Annual report of the Punjab Veterinary College and of the Civil Veterinary Department, Punjab - 1920-1925
Year: 1920
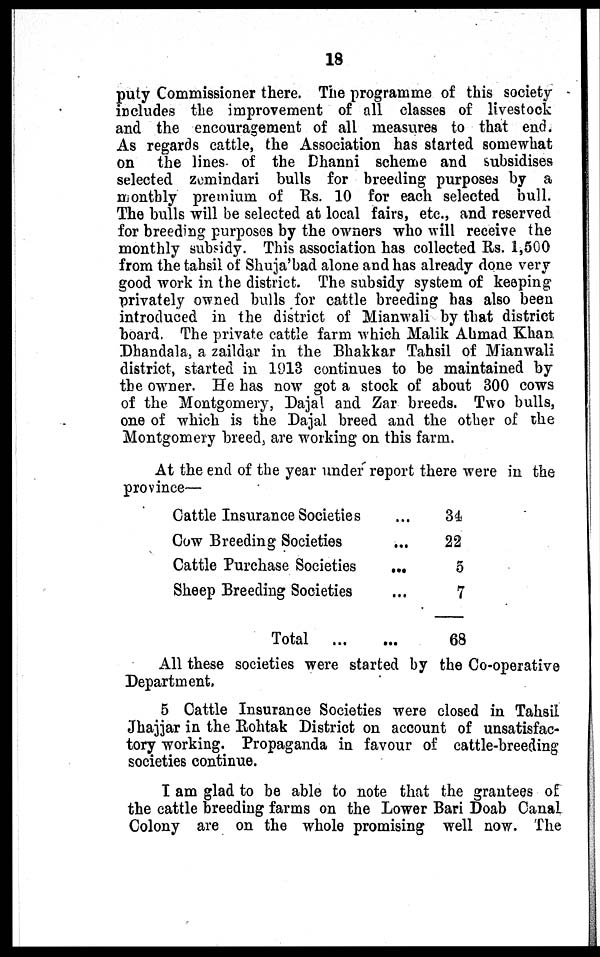
18
puty Commissioner there. The programme of this society
includes the improvement of all classes of livestock
and the encouragement of all measures to that end.
As regards cattle, the Association has started somewhat
on the lines of the Dhanni scheme and subsidises
selected zemindari bulls for breeding purposes by a
monthly premium of Rs. 10 for each selected bull.
The bulls will be selected at local fairs, etc., and reserved
for breeding purposes by the owners who will receive the
monthly subsidy. This association has collected Rs. 1,500
from the tahsil of Shuja'bad alone and has already done very
good work in the district. The subsidy system of keeping
privately owned bulls for cattle breeding has also been
introduced in the district of Mianwali by that district
board. The private cattle farm which Malik Ahmad Khan
Dhandala, a zaildar in the Bhakkar Tahsil of Mianwali
district, started in 1913 continues to be maintained by
the owner. He has now got a stock of about 300 cows
of the Montgomery, Dajal and Zar breeds. Two bulls,
one of which is the Dajal breed and the other of the
Montgomery breed, are working on this farm.
At the end of the year under report there were in the
province—
Cattle Insurance Societies ...
Cow Breeding Societies ...
Cattle Purchase Societies
...
Sheep Breeding Societies ...
Total
...
...
34
22
5
7
68
All these societies were started by the Co-operative
Department.
5 Cattle Insurance Societies were closed in Tahsil
Jhajjar in the Rohtak District on account of unsatisfac-
tory working. Propaganda in favour of cattle-breeding
societies continue.
I am glad to be able to note that the grantees of
the cattle breeding farms on the Lower Bari Doab Canal
Colony are on the whole promising well now. The